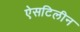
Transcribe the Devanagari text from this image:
ऐसटिलीन